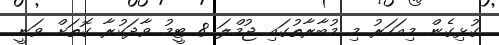
ގުޅިގެން މިއަހަރު މި މުބާރާތުގައި ޖުމްލަ 8 ޓީމު ވާދަކުރާ ގޮތަށް ވަނީ